Annual report of the Bengal Veterinary College and of the Civil Veterinary Department, Bengal, for the year 1920-21 - 1920-1921
Year: 1920
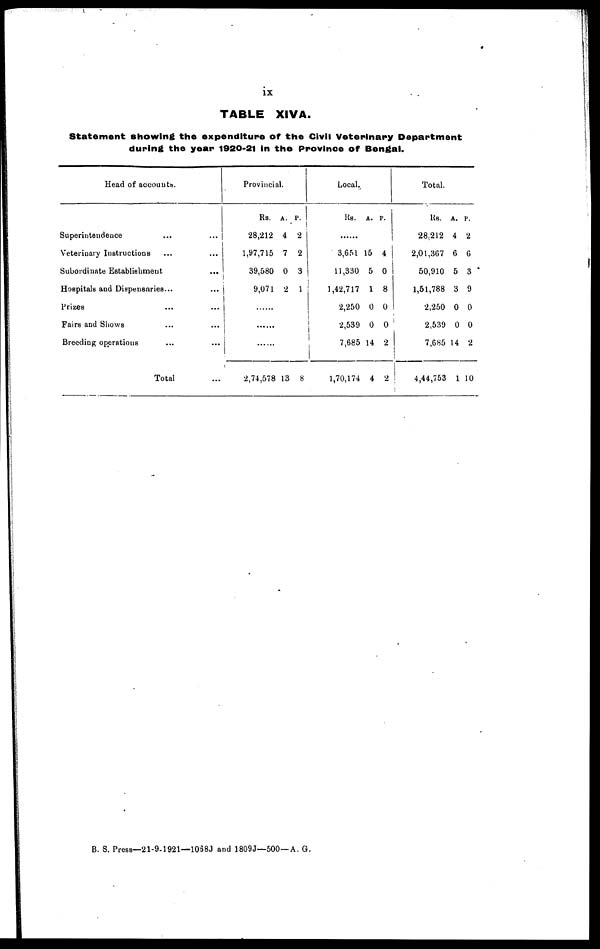
IX
TABLE XIVA.
Statement showing the expenditure of the Civil Veterinary Department
during the year 1920-21 in the Province of Bengal.
Head of accounts.
Superintendence ... ...
Veterinary Instructions ... ...
Subordinate Establishment ...
Hospitals and Dispensaries ... ...
Prizes ... ...
Fairs and Shows ... ...
Breeding operations ... ...
Total ...
Provincial.
Rs.
28,212
1,97,715
39,580
9,071
......
......
......
2,74,578
A.
4
7
0
2
13
P.
2
2
3
1
8
Local.
Rs.
3,651 1
11,330
1,42,717
2,250
2,539
7,685
1,70,174
A.
5
5
1
0
0
14
4
P.
4
0
8
0
0
2
2
Total.
Rs.
28,212
2,01,367
50,910
1,51,788
2,250
2,539
7,685
4,44,753
A.
4
6
5
3
0
0
14
1
P.
2
6
3
9
0
0
2
10
B. S. Press—21-9-1921—1068J and 1809J—500—A. G.